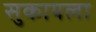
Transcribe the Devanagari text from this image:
सुकायला